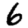
Digit: 6